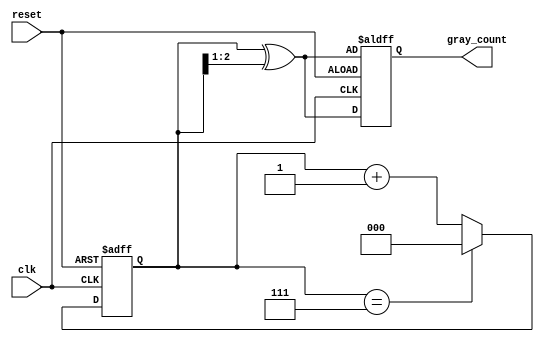
module gray_code_counter (
    input wire clk,          // Clock input
    input wire reset,        // Asynchronous reset
    output reg [2:0] gray_count // 3-bit Gray code output
);

    reg [2:0] binary_count; // 3-bit binary counter

    // Gray code conversion function
    function [2:0] binary_to_gray;
        input [2:0] binary;
        begin
            binary_to_gray = binary ^ (binary >> 1);
        end
    endfunction

    // Asynchronous reset and counting logic
    always @(posedge clk or posedge reset) begin
        if (reset) begin
            binary_count <= 3'b000; // Initialize binary counter to 0
            gray_count <= binary_to_gray(binary_count); // Initialize Gray code output
        end else begin
            binary_count <= binary_count + 1; // Increment binary counter
            if (binary_count == 3'b111) begin
                binary_count <= 3'b000; // Wrap around to 0
            end
            gray_count <= binary_to_gray(binary_count); // Update Gray code output
        end
    end

endmodule